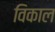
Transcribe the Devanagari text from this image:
विकाल